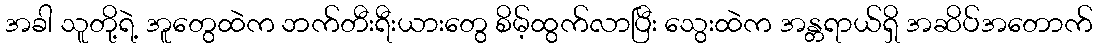
အခါ သူတို့ရဲ့ အူတွေထဲက ဘက်တီးရီးယားတွေ စိမ့်ထွက်လာပြီး သွေးထဲက အန္တရာယ်ရှိ အဆိပ်အတောက်